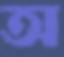
অ